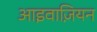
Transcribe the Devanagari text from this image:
आइवाज़ियन